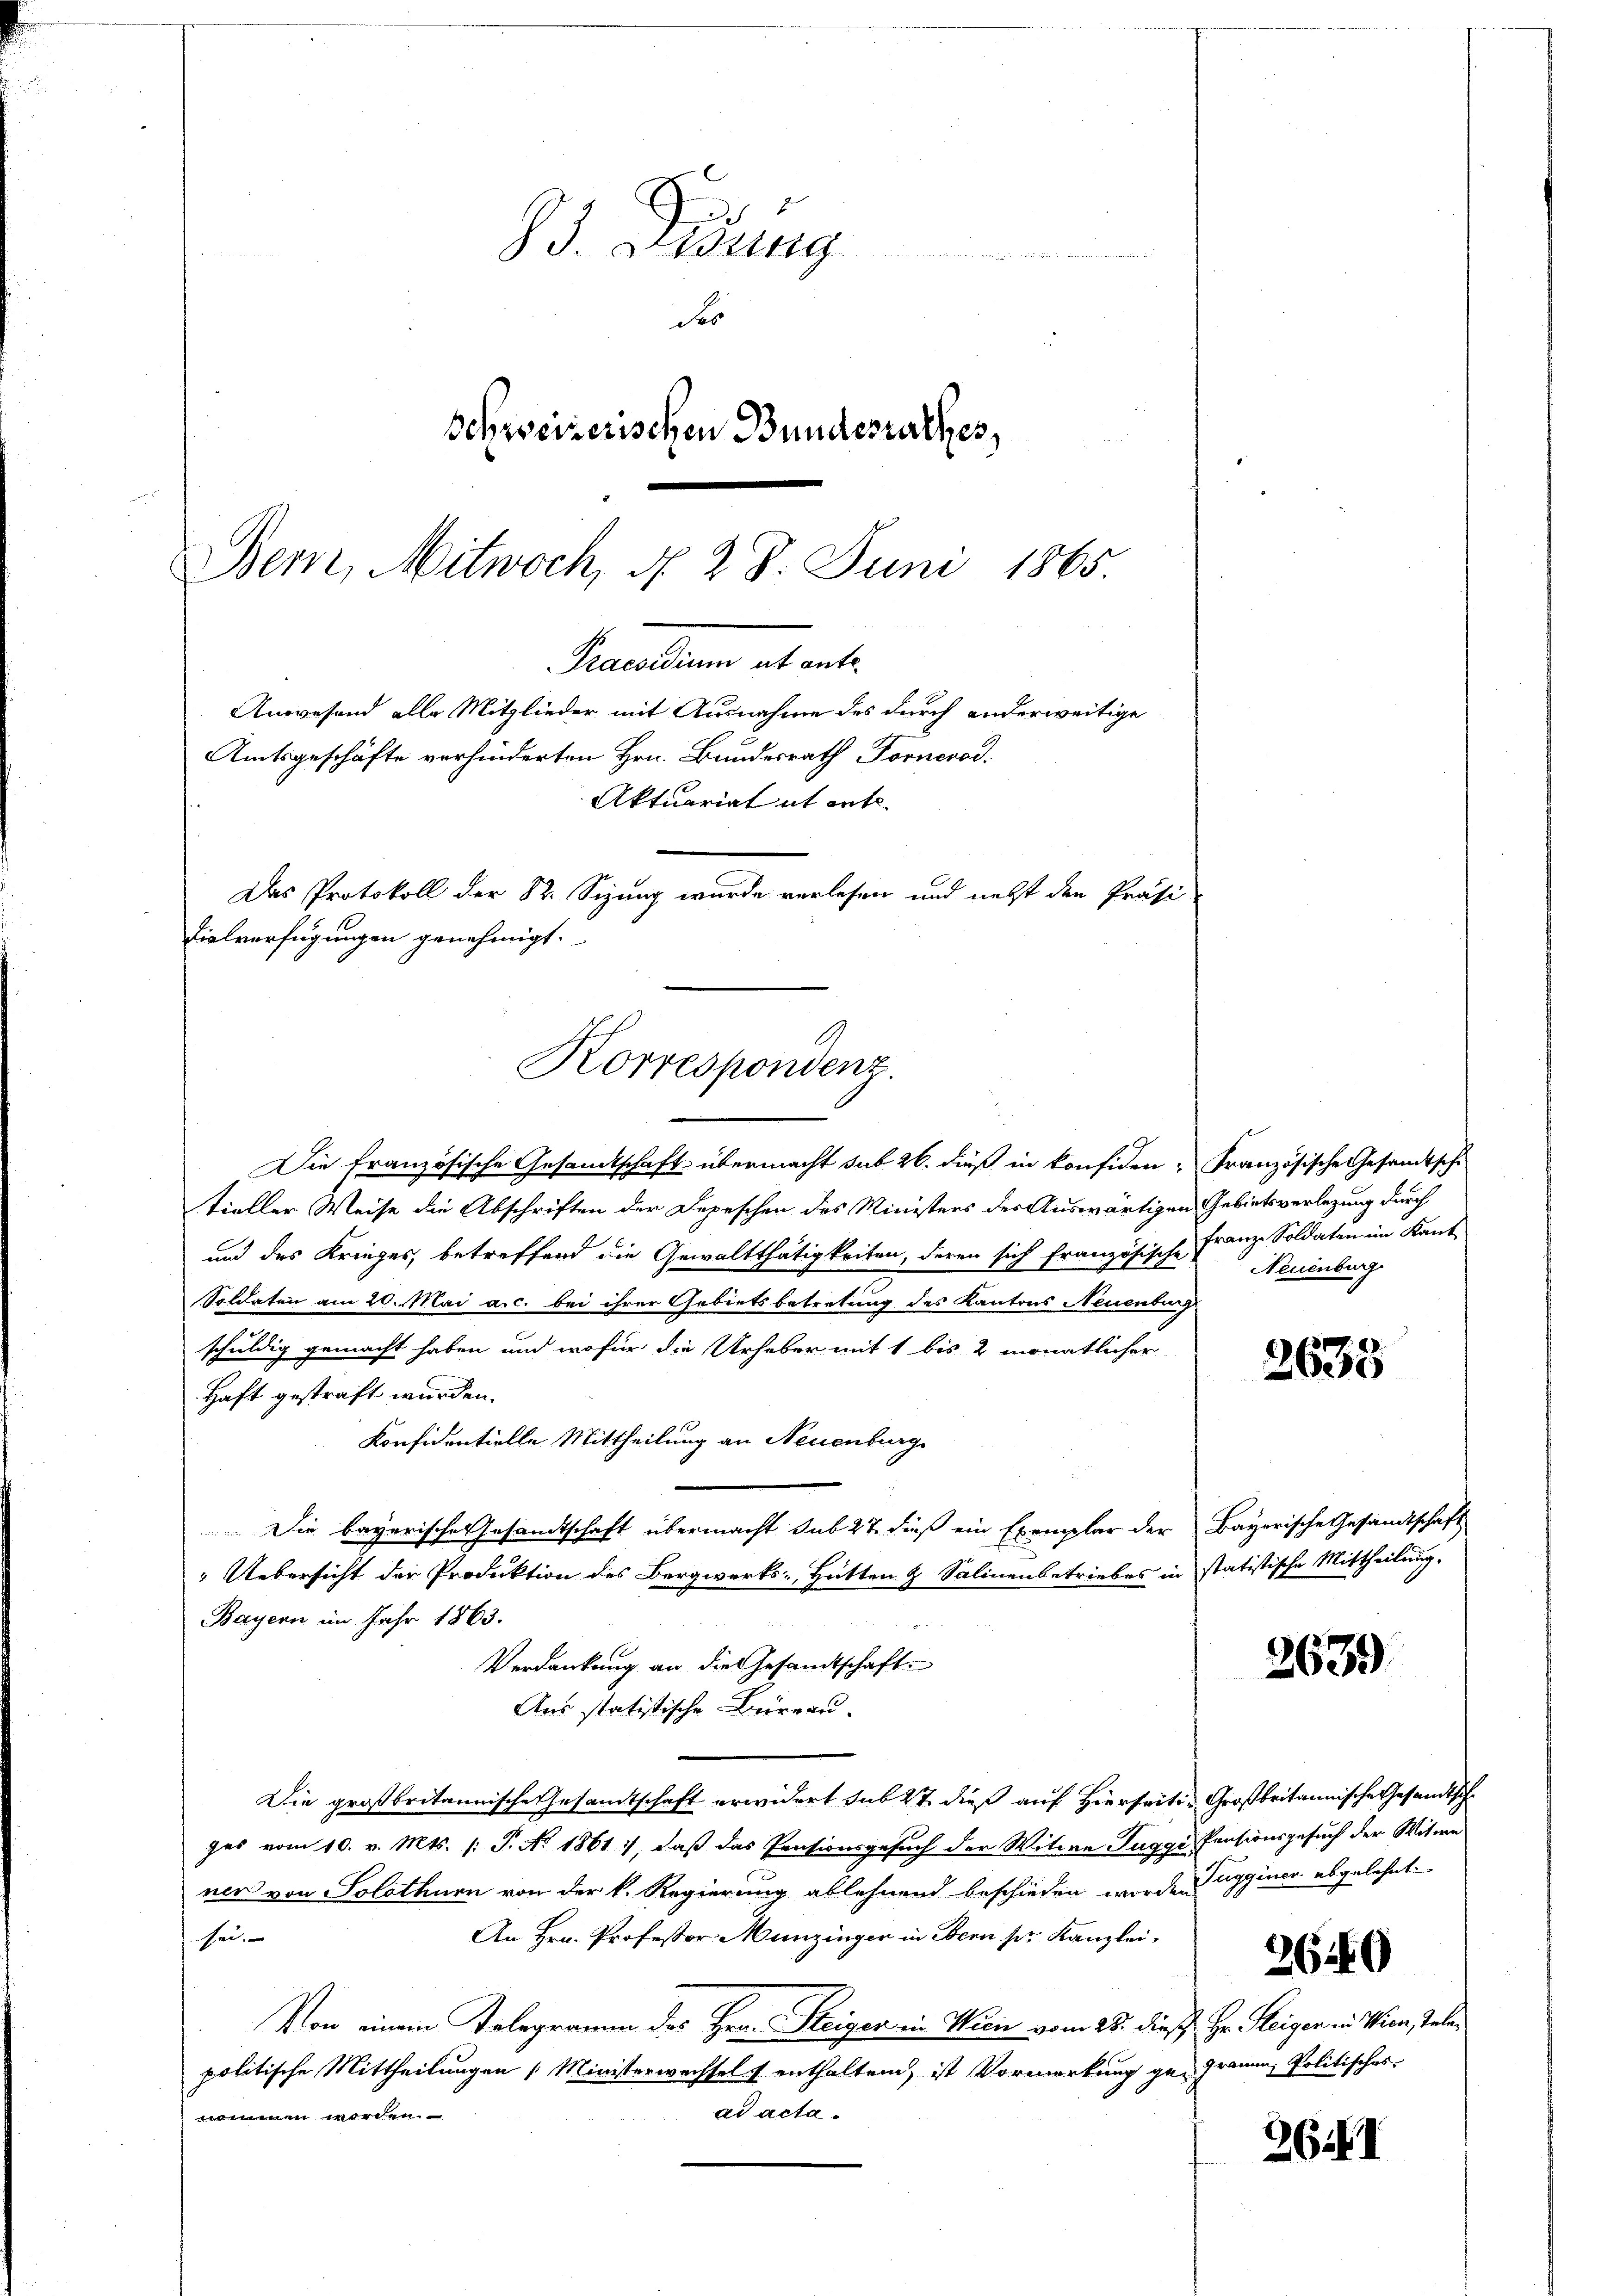
Bern, Mitwoch, d. 28. Juni 1865.
Semesten hat erte
Anwesend alle Mitglieder mit Ausnahme des durch anderweitige
Amtsgeschäfte verhinderten Hrn. Bundesrath Fornerod.
Aktuariat it ent
Das Protokoll der Sr. Sizung wurde verlesen und nebst den Präsi-
Vialverfügungen genehmigt.
Korrespondenz.

93. Adung
be   der
des
Schreizerischen Bundesurthes,

Die französische Gesandtschaft übermacht sub 26. dieß in konfiden - Französische Gesandtsche
tieller Weise die Abschriften der Depeschen des Ministers des Auswärtigen Gebietsverlegung durch
und des Krieges, betreffend die Gewaltthätigkeiten, deren sich französische
Soldaten am 20. Mai a.c. bei ihrer Gebietsbetretung des Kantons Neuenburg
schuldig gemacht haben und wofür die Urheber mit 1 bis 2 monatlicher
Haft gestraft wurden.
Konfidentielle Mittheilung an Neuenburg
Die bayerische Gesandtschaft übermacht sub 27. dieß ein Exemplar der Bayerische Gesandtschaft
Uebersicht der Produktion des Bergwerks Hütten & Salinenbetriebes in statistische Mittheilung,
Bayern im Jahr 1863.
Verdankung an die Gesamtschaft
Aus statistische Büreau.
Die großbritannische Gesamtschaft erwidert sub 27 dieß auf Hierseiti- Großbritannische Gesandtsche
ges vom 10. v. Mts. /: P. No 1861, daß das Pensionsgesuch der Witwe Tuggi, Pensionsgesuch der Witwe
ner von Solothurn von der k. Regierung ablehnend beschieden worden agginer abgelehnt.
An Hrn. Professor Munzinger in Bern pr. Kanzlei-
sei.
Von einem Telegramm des Hrn. Steigen in Wien vom 28. dieß Hr. Steigen in Wien, Telepolitische Mittheilungen Ministerwechsel enthalten, ist Vormerkung ge- Gramm, Politischer
ad actanommen worden.

Franz Soldaten im Kant
Neuenburg

2635

2639)

2649

26.1